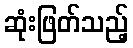
ဆုံးဖြတ်သည့်